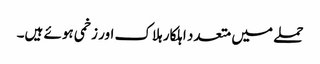
حملے میں متعدد اہلکار ہلاک اور زخمی ہوئے ہیں۔